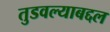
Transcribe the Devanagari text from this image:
तुडवल्याबद्दल